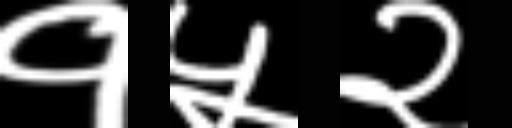
Text: १५२